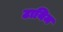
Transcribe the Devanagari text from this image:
टायिम